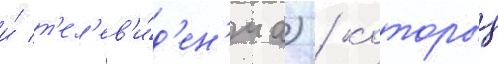
и́ т'ел'ев'и́д'ен'иа) / которыи